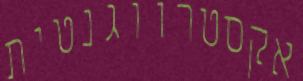
אקסטרווגנטית